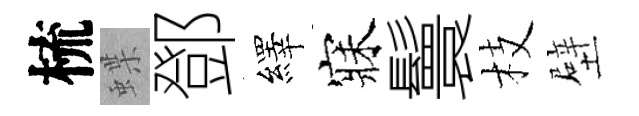
梳蝶鄧繹寐鬟枝壁